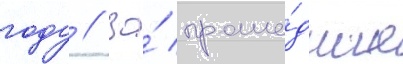
году // За́ проше́дшие